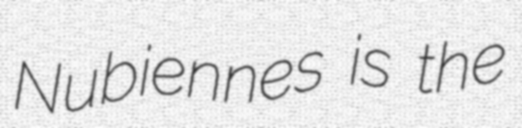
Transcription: Nubiennes is the